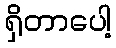
ရှိတာပေါ့